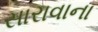
સારાવાના